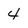
Character: 4